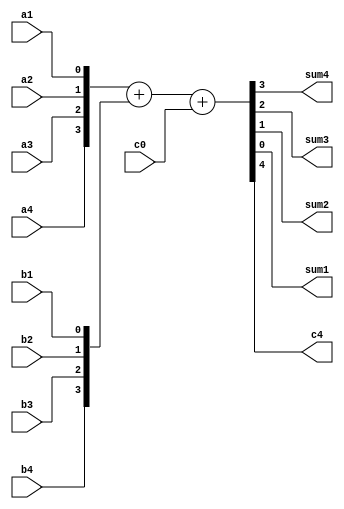
module binary_full_adder_4bits #(parameter DELAY = 10)(
    input a4,a3,a2,a1,b4,b3,b2,b1,
    input c0,
    output sum4,sum3,sum2,sum1,
    output c4
    );
    
    assign #DELAY {c4,sum4,sum3,sum2,sum1} =  {a4,a3,a2,a1} + {b4,b3,b2,b1} + {{3{0}},c0};
    
endmodule